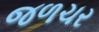
જળચર